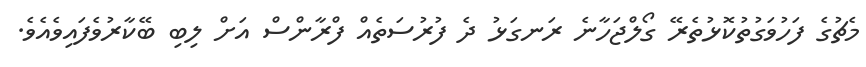
މެޗުގެ ފަހުވަގުތުކޮޅުތެރޭ ގޯލްޖަހާނެ ރަނގަޅު ދެ ފުރުސަތެއް ފްރާންސް އަށް ލިބި ބޭކާރުވެފައިވެއެވެ.